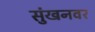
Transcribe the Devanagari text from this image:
सुंखनवर